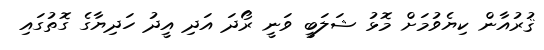
ޤުރުއާން ކިޔެވުމަށް މޮޅު ޝަލަބީ ވަނީ ރޯދަ އަދި އީދު ހަދިޔާގެ ގޮތުގައި